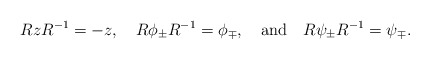
\begin{align*}R z R^{-1}=-z, \quad R \phi_{\pm} R^{-1}=\phi_{\mp},\quad {\rm and} \quad R \psi_{\pm} R^{-1}= \psi_{\mp}.\end{align*}